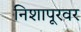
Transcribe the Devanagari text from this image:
निशापूरवर